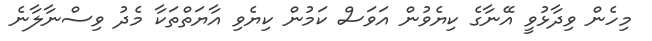
މިހެން ވިދާޅުވީ އޭނާގެ ކިޔެވުން އަވަސް ކަމުން ކިޔެވި އާޔަތްތަކާ މެދު ވިސްނާލާނެ